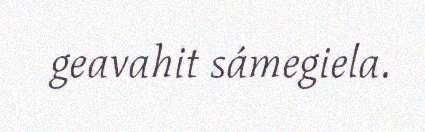
geavahit sámegiela.